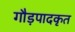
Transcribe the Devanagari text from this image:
गौड़पादकृत